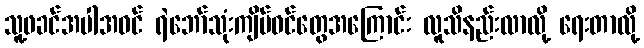
သူ့ဖခင်အပါအဝင် ရဲဘော်သုံးကျိပ်ဝင်တွေအကြောင်း လူသိနည်းလာလို့ ရေးတာလို့